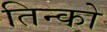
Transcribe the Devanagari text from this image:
तिन्को